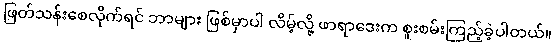
ဖြတ်သန်းစေလိုက်ရင် ဘာများ ဖြစ်မှာပါ လိမ့်လို့ ဖာရာဒေးက စူးစမ်းကြည့်ခဲ့ပါတယ်။